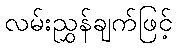
လမ်းညွှန်ချက်ဖြင့်